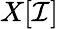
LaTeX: X[{\mathcal{I}}]